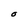
Character: O